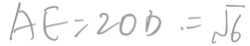
A E = 2 0 0 . = \sqrt { 6 }